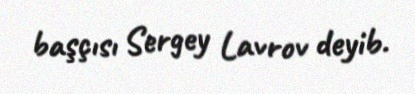
başçısı Sergey Lavrov deyib.